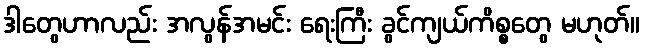
ဒါတွေဟာလည်း အလွန်အမင်း ရေးကြီး ခွင်ကျယ်ကိစ္စတွေ မဟုတ်။